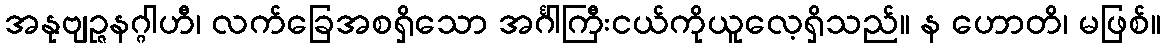
အနုဗျဉ္ဇနဂ္ဂါဟီ၊ လက်ခြေအစရှိသော အင်္ဂါကြီးငယ်ကိုယူလေ့ရှိသည်။ န ဟောတိ၊ မဖြစ်။